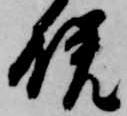
晩